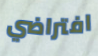
افتراضي